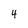
Character: 4